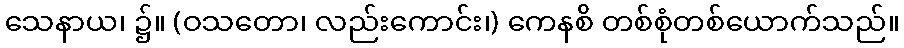
သေနာယ၊ ၌။ (ဝသတော၊ လည်းကောင်း၊) ကေနစိ တစ်စုံတစ်ယောက်သည်။